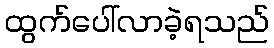
ထွက်ပေါ်လာခဲ့ရသည်